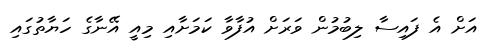
އަށް އެ ފައިސާ ލިބުމުން ވަރަށް އުފާވާ ކަމަށާއި މިއީ އޭނާގެ ހަޔާތުގައި